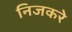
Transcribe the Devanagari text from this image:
निजकरे